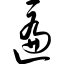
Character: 匾